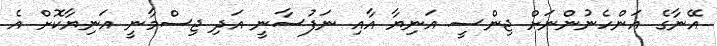
އޭނާގެ އަންހެނުންނަށް ޖިންސީ އަނިޔާ އާއި ނަފުސާނީ އަދި ޖިސްމާނީ އަނިޔާކޮށް އެ